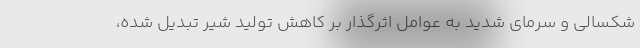
شکسالی و سرمای شدید به عوامل اثرگذار بر کاهش تولید شیر تبدیل شده،